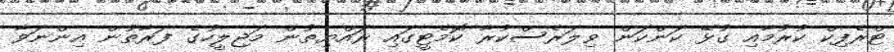
ޓްރެފިކް ކުރުމާއި ގުޅޭ ކަންކަން ވިލަރެސްކުރާ ކޮމެޓީގައި ރައްޔިތުން މަޖިލީހުގެ ފަރާތުން އިންނަވާ